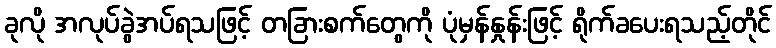
ခုလို အလုပ်ခွဲအပ်ရသဖြင့် တခြားစက်တွေကို ပုံမှန်နှုန်းဖြင့် ရိုက်ခပေးရသည့်တိုင်